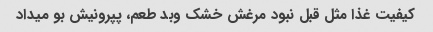
کیفیت غذا مثل قبل نبود مرغش خشک و‌بد طعم، پپرونیش بو میداد